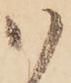
ハ